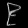
Digit: ၉